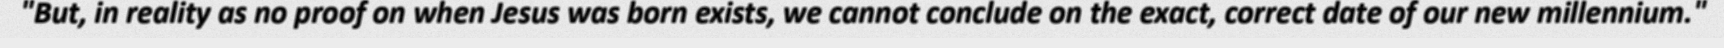
"But, in reality as no proof on when Jesus was born exists, we cannot conclude on the exact, correct date of our new millennium."